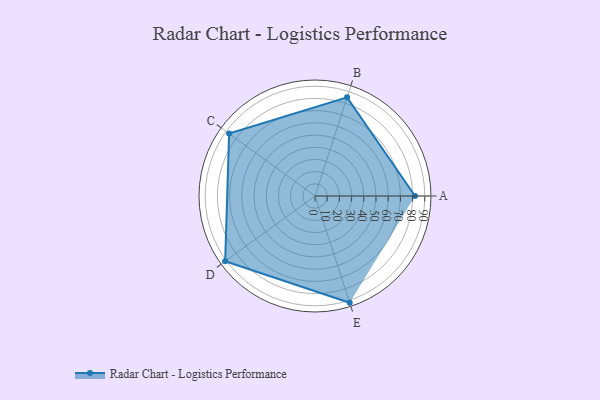
{"axis": {"x": "Skill", "y": "Score"}, "legend": ["Profile"], "data": [{"x": "A", "y": 82.0, "type": "Profile"}, {"x": "B", "y": 85.0, "type": "Profile"}, {"x": "C", "y": 87.0, "type": "Profile"}, {"x": "D", "y": 91.0, "type": "Profile"}, {"x": "E", "y": 92.0, "type": "Profile"}]}